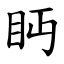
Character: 眄